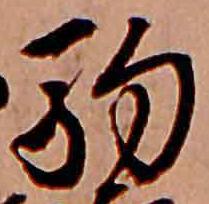
駒